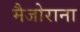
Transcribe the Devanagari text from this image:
मैजोराना